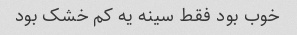
خوب بود فقط سینه یه کم خشک بود